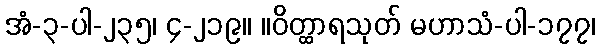
အံ-၃-ပါ-၂၃၅၊ ၄-၂၁၉။ ။ဝိတ္ထာရသုတ် မဟာသံ-ပါ-၁၇၇၊